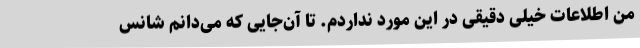
من اطلاعات خیلی دقیقی در این مورد نداردم. تا آن‌جایی که می‌دانم شانس